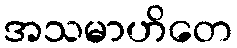
အသမာဟိတေ